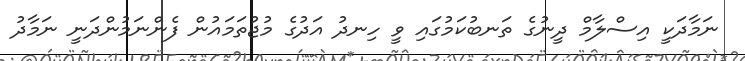
ނަމާދަކީ އިސްލާމް ދީނުގެ ތަނބުކަމުގައި ވީ ހިނދު އަދުގެ މުޖުތަމައުން ފެންނަމުންދަނީ ނަމާދު